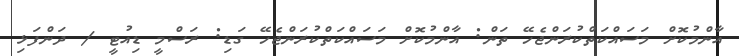
އާންމުކޮށް މަސައްކަތްކުރަންޖެހޭ ތަން: އާންމުކޮށް މަސައްކަތްކުރަންޖެހޭ ގަޑި: ރަސްމީ ޑިއުޓީ / ދަންފަޅި